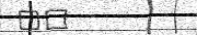
١٩